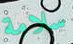
سلامة